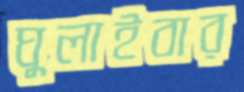
ঘুলাইবার